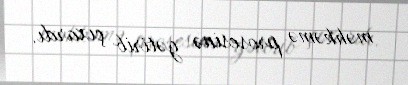
məhkəmə prosesinə gətirib çıxardı.